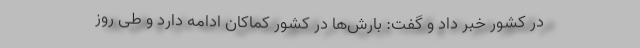
در کشور خبر داد و گفت: بارش‌ها در کشور کماکان ادامه دارد و طی روز